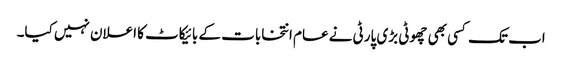
اب تک کسی بھی چھوٹی بڑی پارٹی نے عام انتخابات کے بائیکاٹ کا اعلان نہیں کیا۔